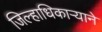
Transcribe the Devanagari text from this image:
जिल्हाधिकाऱ्याने